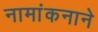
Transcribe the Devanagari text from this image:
नामांकनाने